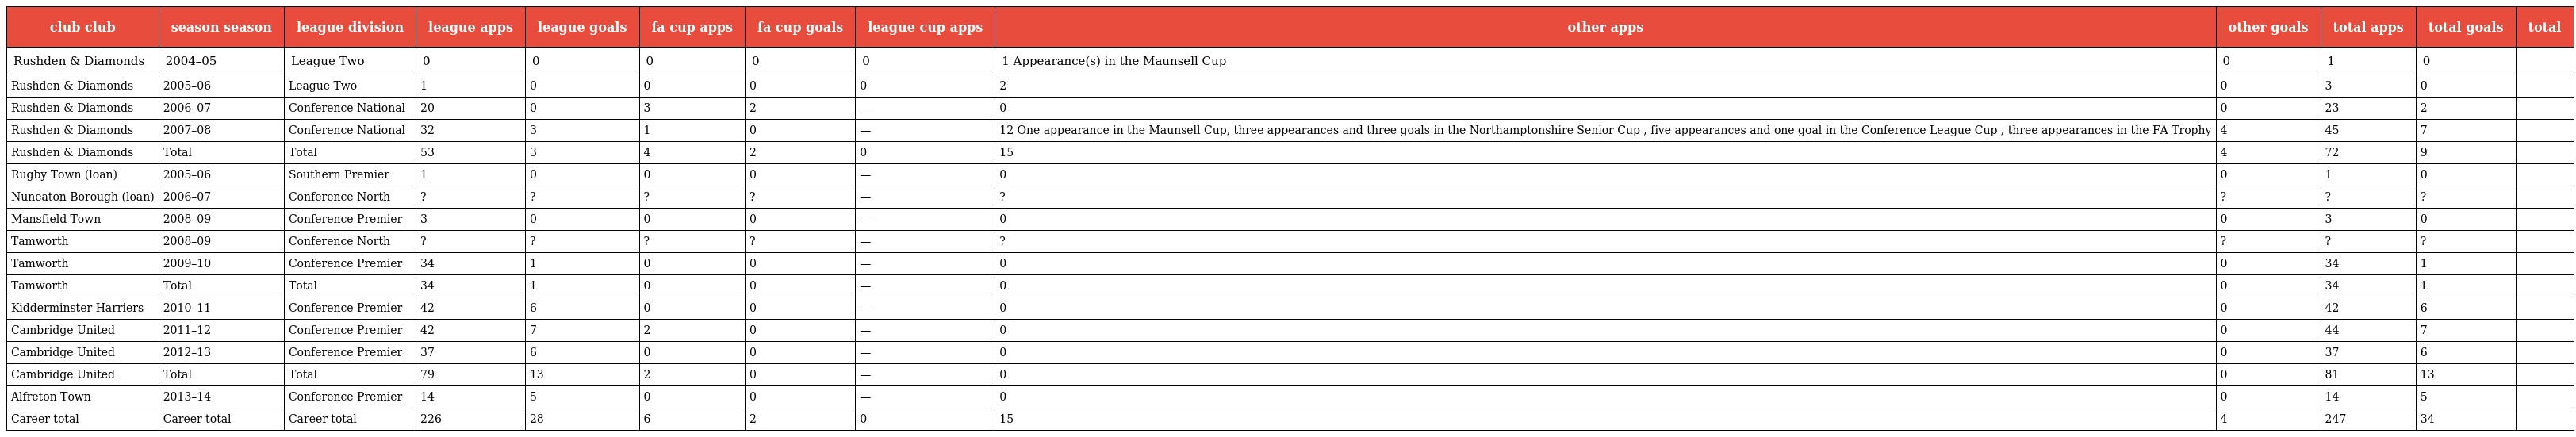
| club club | season season | league division | league apps | league goals | fa cup apps | fa cup goals | league cup apps | other apps | other goals | total apps | total goals | total |
 | --- | --- | --- | --- | --- | --- | --- | --- | --- | --- | --- | --- | --- |
 | Rushden & Diamonds | 2004–05 | League Two | 0 | 0 | 0 | 0 | 0 | 1 Appearance(s) in the Maunsell Cup | 0 | 1 | 0 |  |
 | Rushden & Diamonds | 2005–06 | League Two | 1 | 0 | 0 | 0 | 0 | 2 | 0 | 3 | 0 |  |
 | Rushden & Diamonds | 2006–07 | Conference National | 20 | 0 | 3 | 2 | — | 0 | 0 | 23 | 2 |  |
 | Rushden & Diamonds | 2007–08 | Conference National | 32 | 3 | 1 | 0 | — | 12 One appearance in the Maunsell Cup, three appearances and three goals in the Northamptonshire Senior Cup , five appearances and one goal in the Conference League Cup , three appearances in the FA Trophy | 4 | 45 | 7 |  |
 | Rushden & Diamonds | Total | Total | 53 | 3 | 4 | 2 | 0 | 15 | 4 | 72 | 9 |  |
 | Rugby Town (loan) | 2005–06 | Southern Premier | 1 | 0 | 0 | 0 | — | 0 | 0 | 1 | 0 |  |
 | Nuneaton Borough (loan) | 2006–07 | Conference North | ? | ? | ? | ? | — | ? | ? | ? | ? |  |
 | Mansfield Town | 2008–09 | Conference Premier | 3 | 0 | 0 | 0 | — | 0 | 0 | 3 | 0 |  |
 | Tamworth | 2008–09 | Conference North | ? | ? | ? | ? | — | ? | ? | ? | ? |  |
 | Tamworth | 2009–10 | Conference Premier | 34 | 1 | 0 | 0 | — | 0 | 0 | 34 | 1 |  |
 | Tamworth | Total | Total | 34 | 1 | 0 | 0 | — | 0 | 0 | 34 | 1 |  |
 | Kidderminster Harriers | 2010–11 | Conference Premier | 42 | 6 | 0 | 0 | — | 0 | 0 | 42 | 6 |  |
 | Cambridge United | 2011–12 | Conference Premier | 42 | 7 | 2 | 0 | — | 0 | 0 | 44 | 7 |  |
 | Cambridge United | 2012–13 | Conference Premier | 37 | 6 | 0 | 0 | — | 0 | 0 | 37 | 6 |  |
 | Cambridge United | Total | Total | 79 | 13 | 2 | 0 | — | 0 | 0 | 81 | 13 |  |
 | Alfreton Town | 2013–14 | Conference Premier | 14 | 5 | 0 | 0 | — | 0 | 0 | 14 | 5 |  |
 | Career total | Career total | Career total | 226 | 28 | 6 | 2 | 0 | 15 | 4 | 247 | 34 |  |